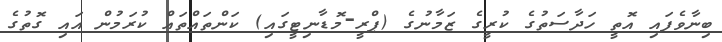
ބިނާވެފައި އޮތީ ހަދާސަތުގެ ކުރީގެ ޒަމާނުގެ (ޕްރީ-މޮޑާނިޓީގައި) ކަންތައްތައް ކުރަމުން އައި ގޮތުގެ